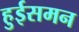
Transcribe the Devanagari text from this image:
हुईसमन